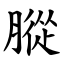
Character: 䐫